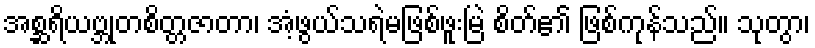
အစ္ဆရိယဗ္ဘုတစိတ္တဇာတာ၊ အံ့ဖွယ်သရဲမဖြစ်ဖူးမြဲ စိတ်၏ ဖြစ်ကုန်သည်။ သုတွာ၊